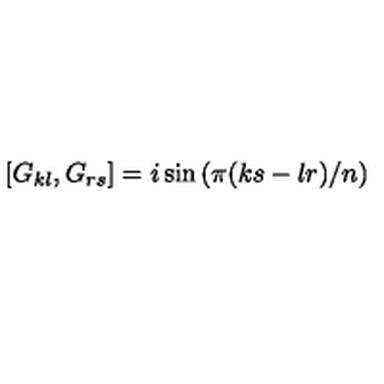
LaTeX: \left[ G _ { k l } , G _ { r s } \right] = i \sin \left( \pi ( k s - l r ) / n \right)